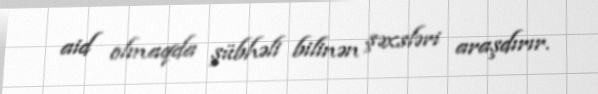
aid olmaqda şübhəli bilinən şəxsləri araşdırır.